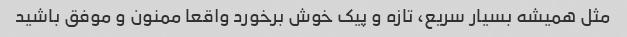
مثل همیشه بسیار سریع، تازه و پیک خوش برخورد واقعا ممنون و موفق باشید